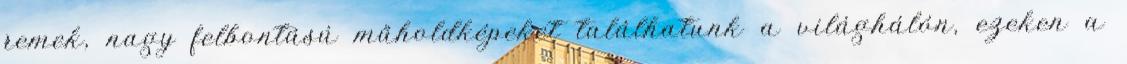
remek, nagy felbontású műholdképeket találhatunk a világhálón, ezeken a